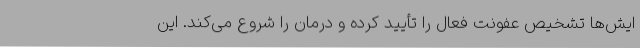
ایش‌ها تشخیص عفونت فعال را تأیید کرده و درمان را شروع می‌کند. این